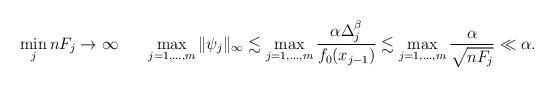
LaTeX: \begin{align*}\min_j nF_j \rightarrow \infty \ \ \ \ \ \max_{j=1,\ldots,m} \|\psi_j\|_{\infty} \lesssim \max_{j=1,\ldots,m} \frac{\alpha \Delta_j^\beta}{f_0(x_{j-1})} \lesssim \max_{j=1,\ldots,m} \frac{\alpha }{\sqrt{nF_j}} \ll \alpha.\end{align*}